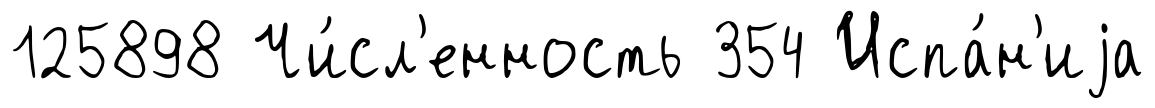
125898 Чи́сл'енность 354 Испа́н'иjа